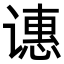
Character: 𬤝